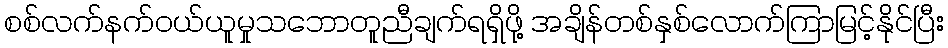
စစ်လက်နက်ဝယ်ယူမှုသဘောတူညီချက်ရရှိဖို့ အချိန်တစ်နှစ်လောက်ကြာမြင့်နိုင်ပြီး